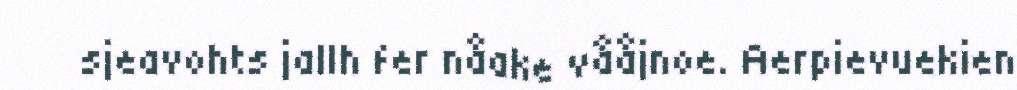
sjeavohts jallh fer nåake vååjnoe. Aerpievuekien